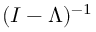
( I - \Lambda ) ^ { - 1 }